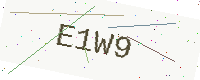
Text: E1W9